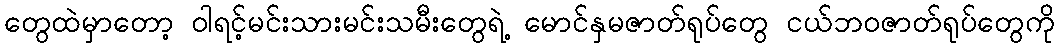
တွေထဲမှာတော့ ဝါရင့်မင်းသားမင်းသမီးတွေရဲ့ မောင်နှမဇာတ်ရုပ်တွေ ငယ်ဘဝဇာတ်ရုပ်တွေကို